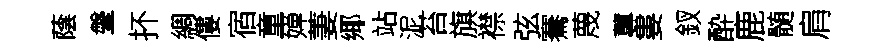
蔭鞶抔綢僂宿童婵萋鄊站泥苔旗襟弦騫蔑蓴婁釵酔鹿髄肩